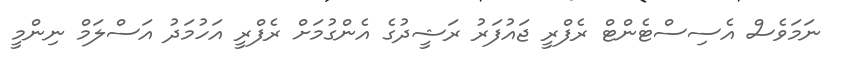
ނަމަވެސް އެސިސްޓެންޓް ރެފްރީ ޖައުފަރު ރަޝީދުގެ އެންގުމަށް ރެފްރީ އަހުމަދު އަސްލަމް ނިންމީ